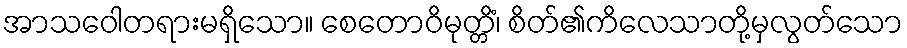
အာသဝေါတရားမရှိသော။ စေတောဝိမုတ္တိံ၊ စိတ်၏ကိလေသာတို့မှလွတ်သော